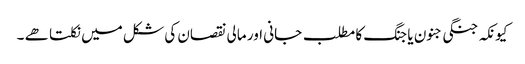
کیونکہ جنگی جنون یا جنگ کا مطلب جانی اور مالی نقصان کی شکل میں نکلتا ھے ۔